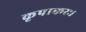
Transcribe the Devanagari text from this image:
कृपाकरः।